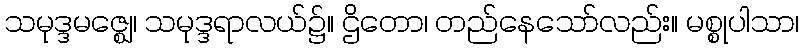
သမုဒ္ဒမဇ္ဈေ၊ သမုဒ္ဒရာလယ်၌။ ဌိတော၊ တည်နေသော်လည်း။ မစ္စုပါသာ၊